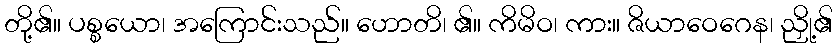
တို့၏။ ပစ္စယော၊ အကြောင်းသည်။ ဟောတိ၊ ၏။ ကိမိဝ၊ ကား။ ဇိယာဝေဂေန၊ ညှို့၏